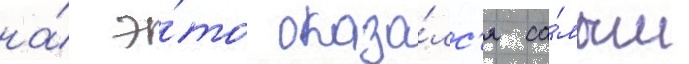
на́ э́то оказа́лс'я са́мым